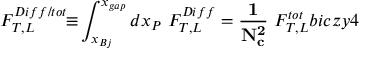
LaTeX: F _ { T , L } ^ { D i f f / t o t } \! \! \equiv \! \int _ { x _ { B j } } ^ { x _ { g a p } } d x _ { P } \ F _ { T , L } ^ { D i f f } = { \bf \frac 1 { N _ { c } ^ { 2 } } } \ F _ { T , L } ^ { t o t } \l { b i c z y 4 }